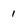
Character: 1